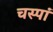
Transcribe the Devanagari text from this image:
चस्पां